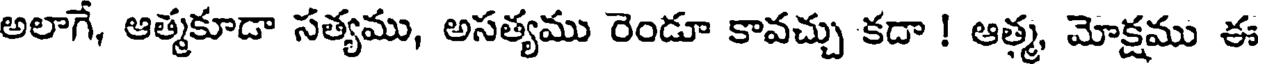
అలాగే, ఆత్మకూడా సత్యము, అసత్యము రెండూ కావచ్చు కదా ! ఆత్మ, మోక్షము ఈ